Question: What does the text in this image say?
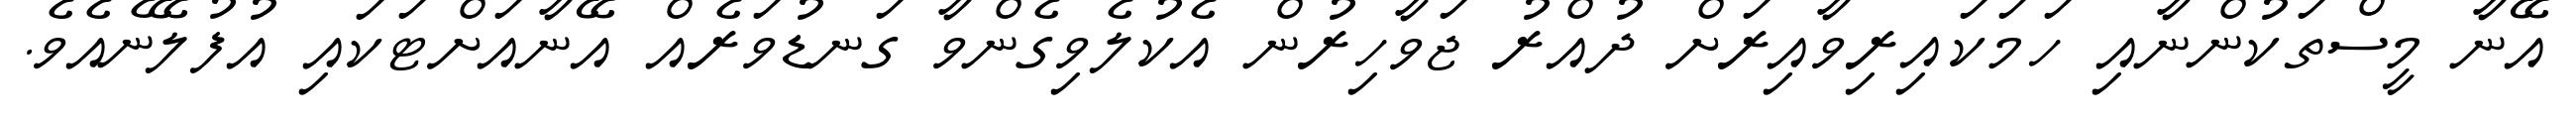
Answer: އޭނާ މީސްތަކުންނާއި ހަމަކައިރިވާއިރަށް ދުއްރު ޖަވާހިރުން އެކުލެވިގެންވާ ގަނޑުވަރެއް އޭނާއަށްޓަކައި އުފުލޭނެއެވެ.